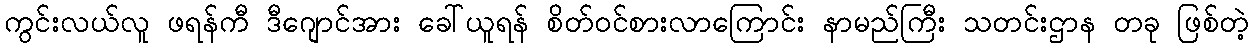
ကွင်းလယ်လူ ဖရန်ကီ ဒီဂျောင်အား ခေါ်ယူရန် စိတ်ဝင်စားလာကြောင်း နာမည်ကြီး သတင်းဌာန တခု ဖြစ်တဲ့